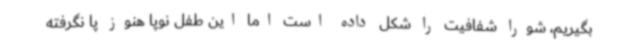
بگیریم، شورا شفافیت را شکل داده است اما این طفل نوپا هنوز پا نگرفته